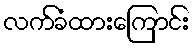
လက်ခံထားကြောင်း